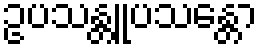
ဥပသန္တူပသန္တော